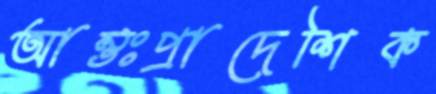
আন্তঃপ্রাদেশিক